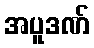
အပူဒဏ်